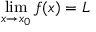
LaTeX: \operatorname* { l i m } _ { x \to x _ { 0 } } f ( x ) = L